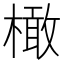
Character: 橄